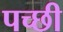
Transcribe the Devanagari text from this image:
पच्‍छी